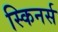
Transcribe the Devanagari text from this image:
स्किनर्स